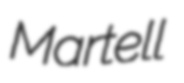
Martell